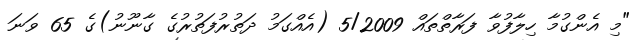
"މި އެންގުމާ ހިލާފުވާ ފަރާތްތައް 5/2009 (އެއްގަމު ދަތުރުފަތުރުގެ ގާނޫނު)ގެ 65 ވަނަ